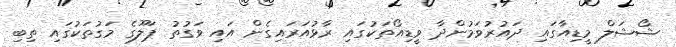
ޝޯޝަލް މީޑިއާގައި ދައުރުވަމުންދާ ވީޑިއޯތަކުގައި ރާޅުއަރައިގެން އައި ވަގުތު ޕަލޫގެ މަގުތަކުގައި ތިބި